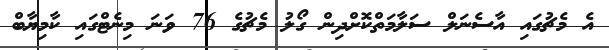
އެ މެޗުގައި އާސެނަލް ސަލާމަތްކޮށްދިން ގޯލު މެޗުގެ 76 ވަނަ މިނެޓްގައި ކާމިޔާބް